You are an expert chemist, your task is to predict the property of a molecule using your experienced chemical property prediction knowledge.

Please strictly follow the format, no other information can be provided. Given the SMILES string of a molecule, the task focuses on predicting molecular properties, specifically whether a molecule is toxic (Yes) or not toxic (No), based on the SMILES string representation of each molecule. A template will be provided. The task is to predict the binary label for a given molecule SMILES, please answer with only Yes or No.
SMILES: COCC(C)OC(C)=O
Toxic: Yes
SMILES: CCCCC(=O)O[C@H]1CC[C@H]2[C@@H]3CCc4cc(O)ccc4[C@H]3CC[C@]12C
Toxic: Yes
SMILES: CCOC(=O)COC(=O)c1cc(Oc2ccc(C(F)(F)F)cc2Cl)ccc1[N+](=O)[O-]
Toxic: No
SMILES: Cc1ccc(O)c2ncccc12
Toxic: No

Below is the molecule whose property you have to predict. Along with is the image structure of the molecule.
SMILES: COC(=O)c1ccccc1S(=O)(=O)NC(=O)N(C)c1nc(C)nc(OC)n1
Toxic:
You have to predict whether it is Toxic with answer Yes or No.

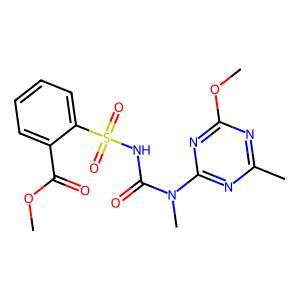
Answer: No